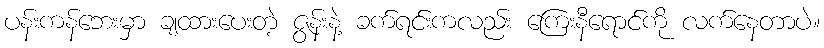
ပန်းကန်ဘေးမှာ ချထားပေးတဲ့ ဇွန်းနဲ့ ခက်ရင်းကလည်း ကြေးနီရောင်ကို လက်နေတာပဲ။